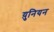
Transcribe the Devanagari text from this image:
य़ुनियन